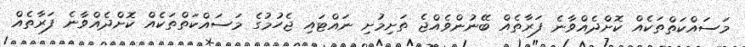
މަސައްކަތްތަކެއް ކޮށްދެއްވާނެ ފަރާތެއް ބޭނުންވެއްޖެ ތަށިމުށި ނައްޓައި ޖެހުމުގެ މަސައްކަތްތަކެއް ކޮށްދެއްވާނެ ފަރާތެއް